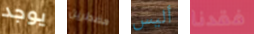
يوجد مضطرين أليس فقدنا